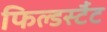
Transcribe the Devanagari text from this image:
फिल्डर्स्टैट